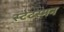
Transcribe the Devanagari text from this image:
स्टेटस्मन